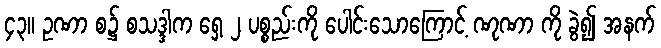
၄၃။ ဥဏာ စ၌ စသဒ္ဒါက ရှေ့ ၂ ပစ္စည်းကို ပေါင်းသောကြောင့် ဏုဏာ ကို ခွဲ၍ အနက်